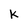
Character: k